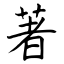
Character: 著